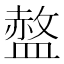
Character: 𱲓